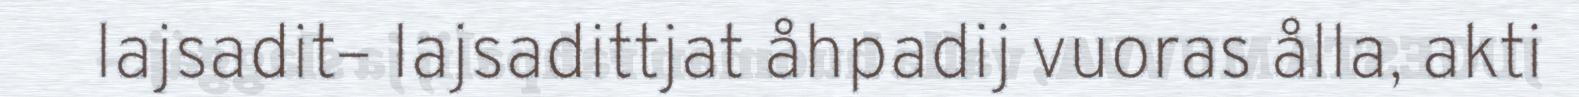
lajsadit– lajsadittjat åhpadij vuoras ålla, akti